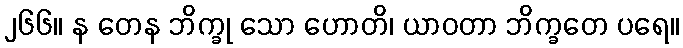
၂၆၆။ န တေန ဘိက္ခု သော ဟောတိ၊ ယာဝတာ ဘိက္ခတေ ပရေ။